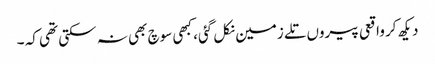
دیکھ کر واقعی پیروں تلے زمین نکل گئی، کبھی سوچ بھی نہ سکتی تھی کہ ۔